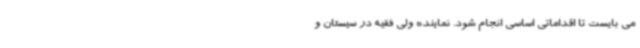
می بایست تا اقداماتی اساسی انجام شود. نماینده ولی فقیه در سیستان و